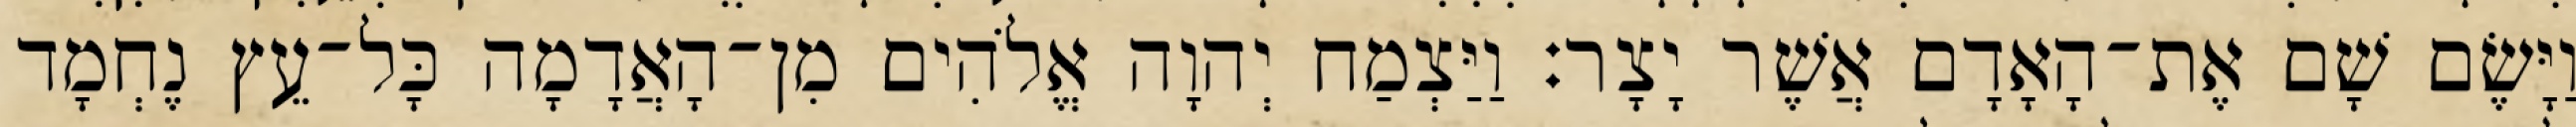
וַיָּשֶׂם שָׁם אֶת־הָאָדָם אֲשֶׁר יָצָר׃ וַיַּצְמַח יְהוָה אֱלֹהִים מִן־הָאֲדָמָה כָּל־עֵץ נֶחְמָד